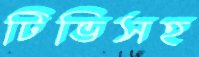
টিভিসহ